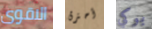
الاقوى أحترق بوكي